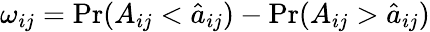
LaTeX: \omega_{ij}=\mathrm{Pr}(A_{ij}<\hat{a}_{ij})-\mathrm{Pr}(A_{ij}>\hat{a}_{ij})